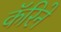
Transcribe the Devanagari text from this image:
कॅरिने